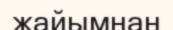
жайымнан